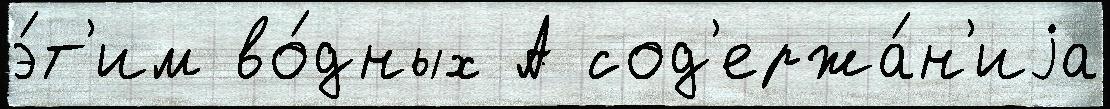
э́т'им во́дных А сод'ержа́н'иjа